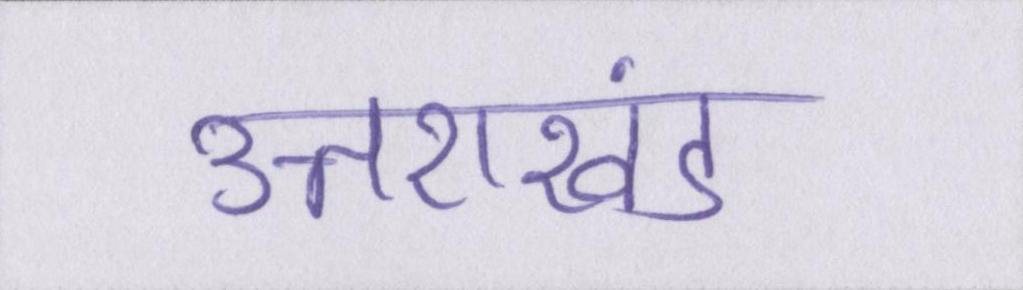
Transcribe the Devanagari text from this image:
उत्तराखंड